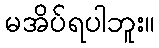
မအိပ်ရပါဘူး။